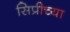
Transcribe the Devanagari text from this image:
सिप्रीच्या